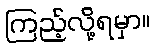
ကြည့်လို့ရမှာ။